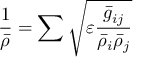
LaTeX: \frac { 1 } { \bar { \rho } } = \sum \sqrt { \varepsilon \frac { \bar { g } _ { i j } } { \bar { \rho } _ { i } \bar { \rho } _ { j } } }